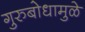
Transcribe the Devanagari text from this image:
गुरुबोधामुळे